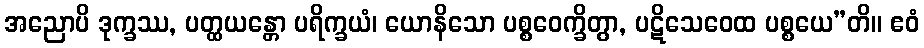
အညောပိ ဒုက္ခဿ, ပတ္ထယန္တော ပရိက္ခယံ၊ ယောနိသော ပစ္စဝေက္ခိတွာ, ပဋိသေဝေထ ပစ္စယေ”တိ။ ဧဝံ